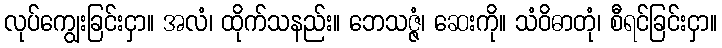
လုပ်ကျွေးခြင်းငှာ။ အလံ၊ ထိုက်သနည်း။ ဘေသဇ္ဇံ၊ ဆေးကို။ သံဝိဓာတုံ၊ စီရင်ခြင်းငှာ။